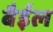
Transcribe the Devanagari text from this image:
बैईल